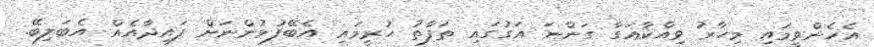
އެހެންވީމައި މިހާރު ވިއްކާއަގާ ގަންނަ އަގުގައި ތަފާތު ހުރީމައި އެބޭފުޅުންނަށް ފައިދާއެއް އެބަލިބޭ.